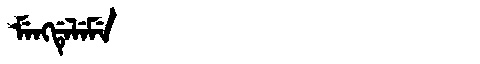
Manchu: ᠮᡝᠩᡩᡝᠯᡝᠮᡝ
Romanization: MENGDELEME